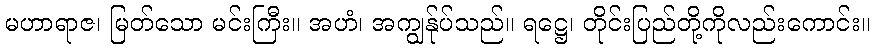
မဟာရာဇ၊ မြတ်သော မင်းကြီး။ အဟံ၊ အကျွန်ုပ်သည်။ ရဋ္ဌေ၊ တိုင်းပြည်တို့ကိုလည်းကောင်း။